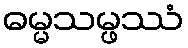
ဓမ္မသမ္ဖဿံ